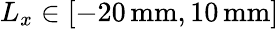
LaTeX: L_{x}\in[-20\, \mathrm{mm},10\, \mathrm{mm}]